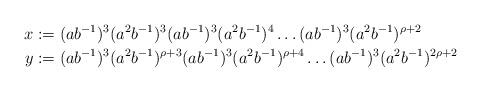
LaTeX: \begin{align*}x&:=(ab^{-1})^{3}(a^2b^{-1})^{3}(ab^{-1})^3(a^2b^{-1})^4\ldots (ab^{-1})^3(a^2b^{-1})^{\rho+2}\\y&:=(ab^{-1})^3(a^2b^{-1})^{\rho+3}(ab^{-1})^3(a^2b^{-1})^{\rho+4}\ldots (ab^{-1})^{3}(a^2b^{-1})^{2\rho+2}\end{align*}